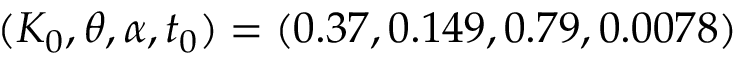
( K _ { 0 } , \theta , \alpha , t _ { 0 } ) = ( 0 . 3 7 , 0 . 1 4 9 , 0 . 7 9 , 0 . 0 0 7 8 )